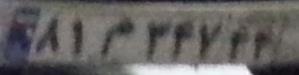
۸۱م۳۴۷۴۴